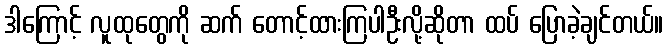
ဒါကြောင့် လူထုတွေကို ဆက် တောင့်ထားကြပါဦးလို့ဆိုတာ ထပ် ပြောခဲ့ချင်တယ်။